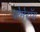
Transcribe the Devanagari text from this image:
पोमेरॉय